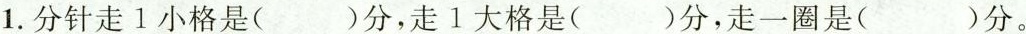
1.分针走1小格是()分，走1大格是()分，走一圈是( )分。